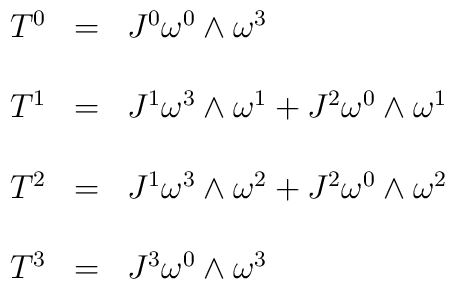
\begin{array}{llll}T^{0} & = & J^{0} {\omega}^{0} \wedge {\omega}^{3} \nonumber \\\\T^{1} & = & J^{1} {\omega}^{3} \wedge {\omega}^{1} + J^{2} {\omega}^{0} \wedge {\omega}^{1} \nonumber  \\\\T^{2} & = & J^{1} {\omega}^{3} \wedge {\omega}^{2} + J^{2} {\omega}^{0} \wedge {\omega}^{2} \nonumber \\\\T^{3} & = & J^{3} {\omega}^{0} \wedge {\omega}^{3} \nonumber \\\end{array}